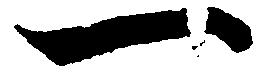
一